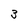
Character: 3